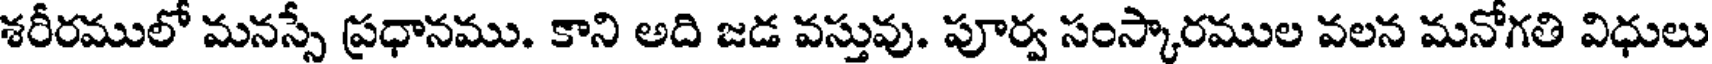
శరీరములో మనస్సే ప్రధానము. కాని అది జడ వస్తువు. పూర్వ సంస్కారముల వలన మనోగతి విధులు